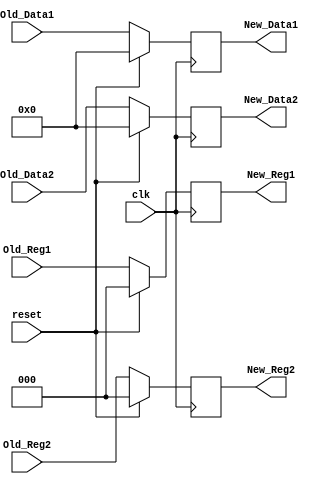
`timescale 1ns / 1ps
//////////////////////////////////////////////////////////////////////////////////
// Company: 
// Engineer: 
// 
// Design Name: 
// Module Name: Register
// Project Name: 
// Target Devices: 
// Tool Versions: 
// Description: 
// 
// Dependencies: 
// 
// Revision:
// Revision 0.01 - File Created
// Additional Comments:
// 
//////////////////////////////////////////////////////////////////////////////////


module Pipeline_Register(
    input clk, reset,
    input [7:0] Old_Data1, Old_Data2,
    input [2:0] Old_Reg1, Old_Reg2,
    output reg [7:0] New_Data1, New_Data2,
    output reg [2:0] New_Reg1, New_Reg2
    );
    always@(posedge clk)begin
        if(reset == 1)begin
            New_Reg1 <= 3'b0;
            New_Reg2 <= 3'b0;
            New_Data1 <= 8'b0;
            New_Data2 <= 8'b0;
        end
        else if (reset == 0)begin
            New_Reg1 <= Old_Reg1;
            New_Reg2 <= Old_Reg2;
            New_Data1 <= Old_Data1;
            New_Data2 <= Old_Data2;
        end
    end
endmodule